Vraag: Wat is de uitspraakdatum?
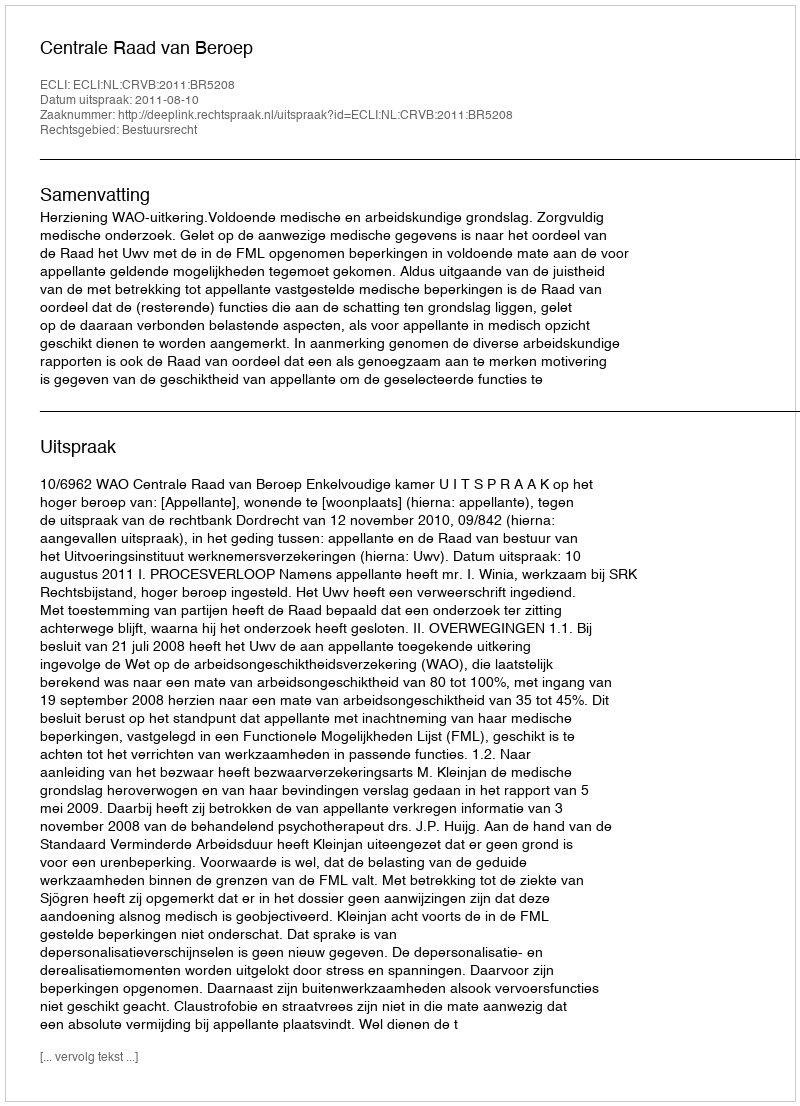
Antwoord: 2011-08-10